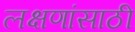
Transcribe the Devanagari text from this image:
लक्षणांसाठी